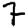
Digit: 7